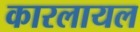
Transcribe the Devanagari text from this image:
कारलायल